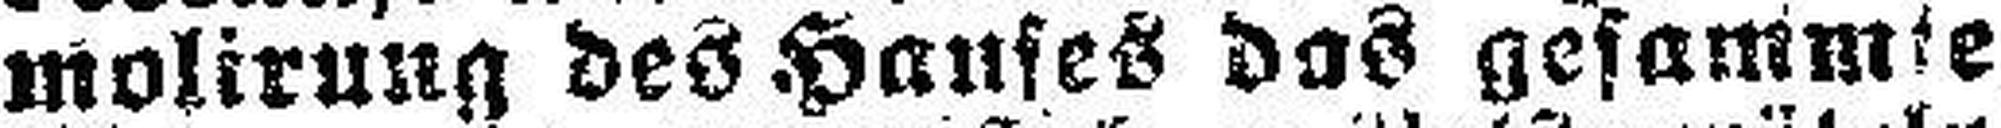
molirung des Haufes das gesammte